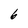
Character: 6